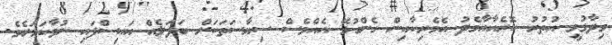
ވިދާޅުވީ އުތުރު ކޮރެއާއާމެދު އެމެރިކާއިން ގެންގުޅޭ އެއްވެސް ސިޔާސަތަކަށް ބަދަލެއް އައިސްފައި ނުވާކަމަށެވެ.